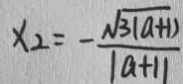
x _ { 2 } = - \frac { \sqrt { 3 ( a + 1 ) } } { \vert a + 1 \vert }